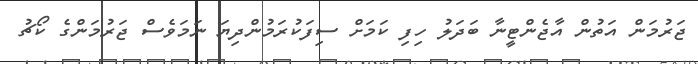
ޖަރުމަން އަތުން އާޖެންޓީނާ ބަދަލު ހިފި ކަމަށް ސިފަކުރަމުންދިޔަ ނަމަވެސް ޖަރުމަންގެ ކޯޗު